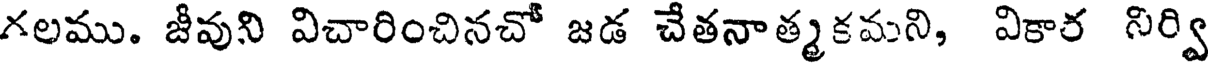
గలము. జీవుని విచారించినచో జడ చేతనాత్మకమని, వికార నిర్వి